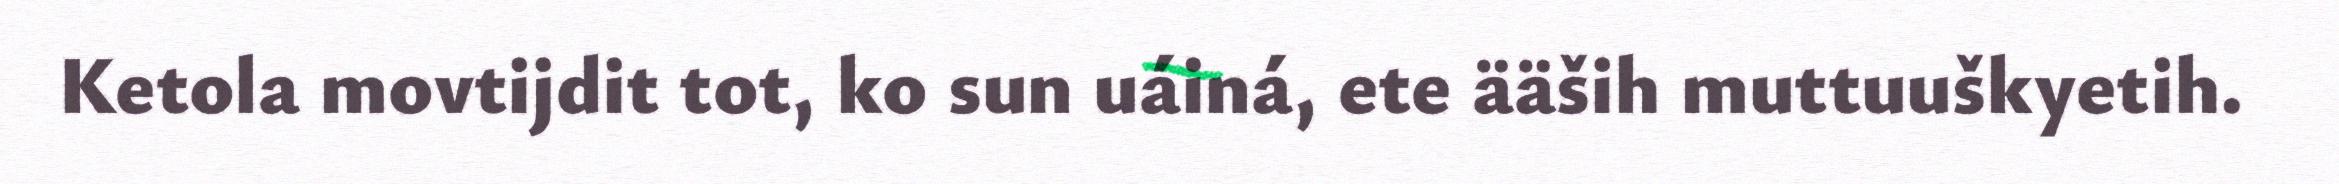
Ketola movtijdit tot, ko sun uáiná, ete ääših muttuuškyetih.